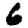
Digit: 6